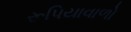
રૂપિયાવાળો